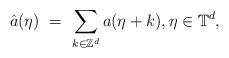
LaTeX: \begin{align*}\hat a(\eta) \ = \ \sum_{k \in \mathbb Z^d} a(\eta +k), \eta \in \mathbb T^d,\end{align*}